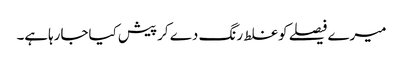
میرے فیصلے کوغلط رنگ دے کرپیش کیاجارہاہے۔